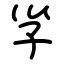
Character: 㜽